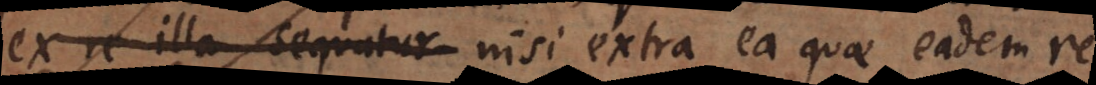
ex re illa sequatur nisi extra ea quae eadem re